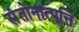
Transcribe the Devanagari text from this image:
संतोनात्पत्ति